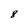
Character: 8